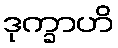
ဒုက္ခာဟိ